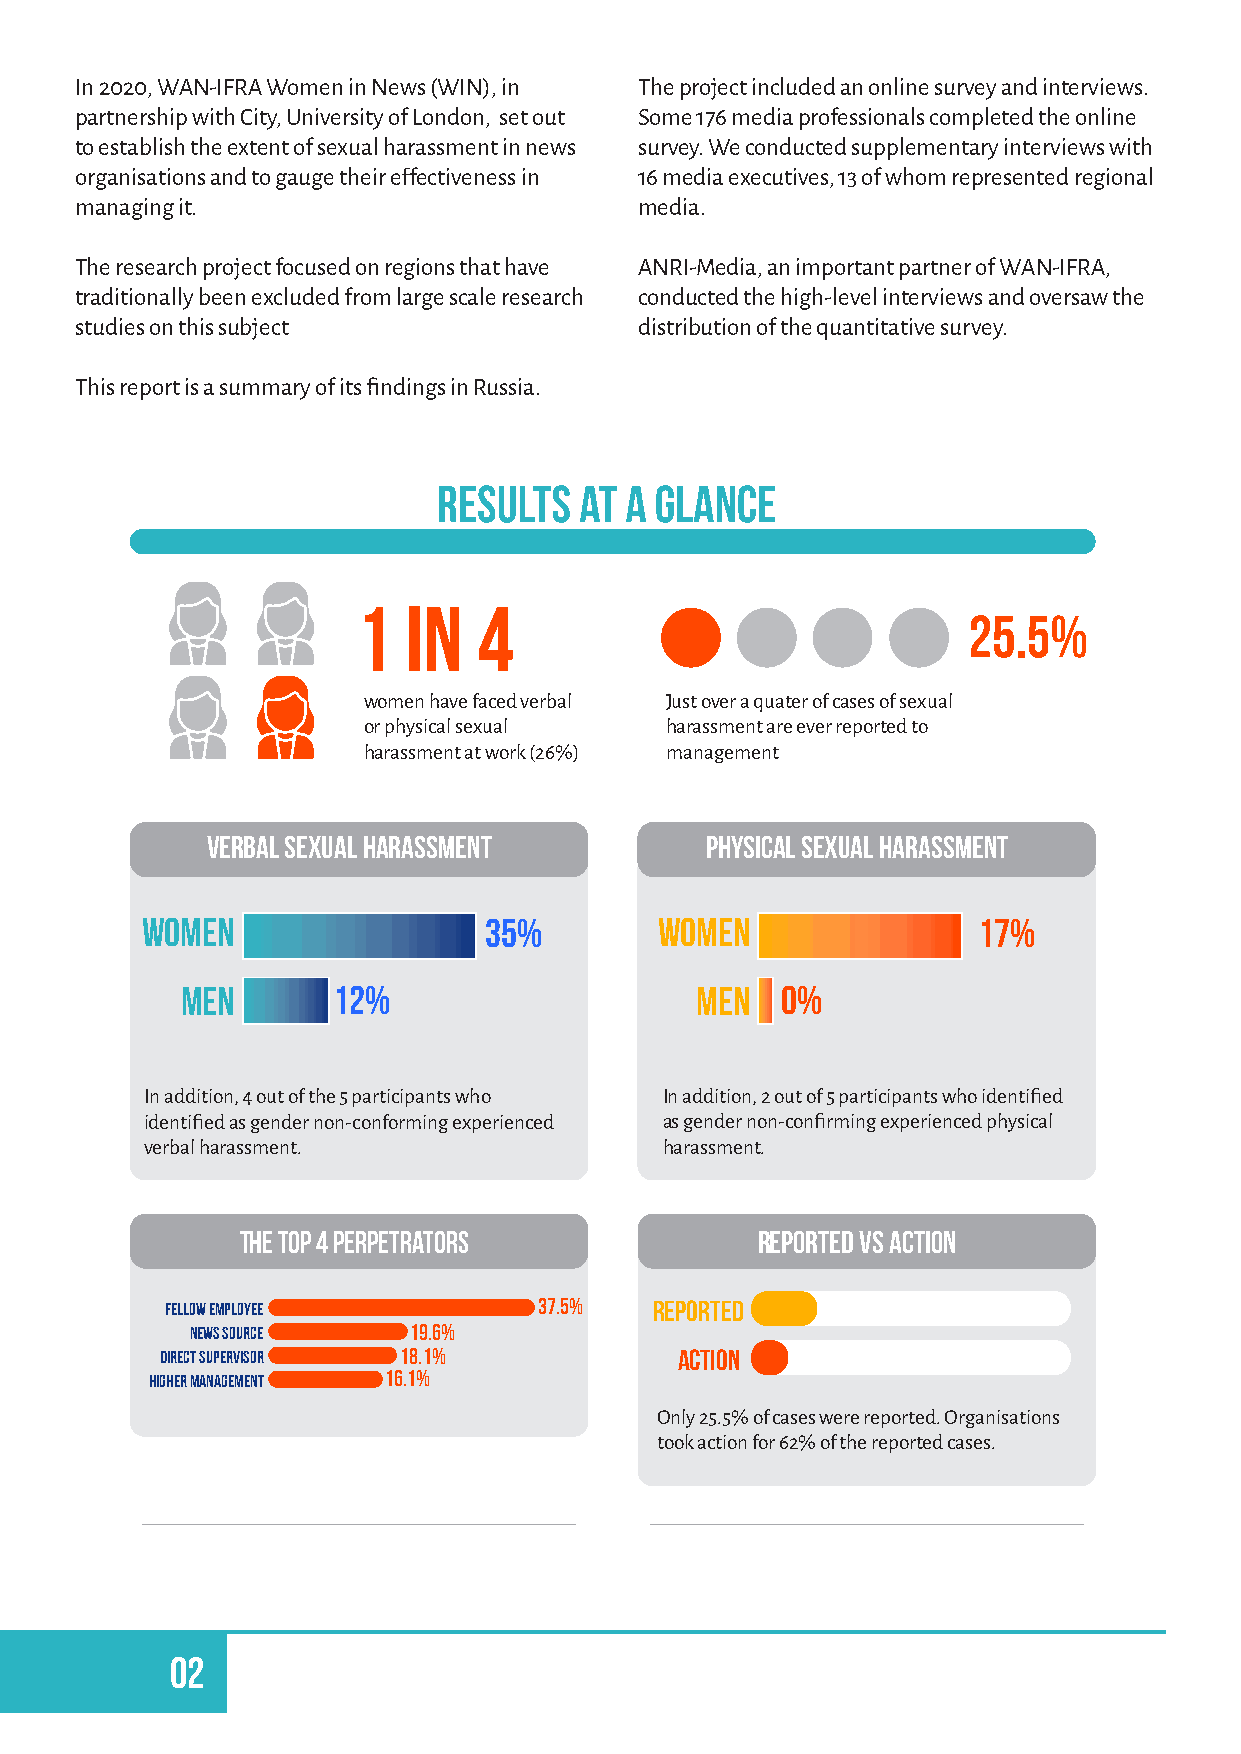
In 2020, WAN-IFRA Women in News (WIN), in The project included an online survey and interviews.
 partnership with City, University of London, set out Some 176 media professionals completed the online
 to establish the extent of sexual harassment in news survey. We conducted supplementary interviews with
 organisations and to gauge their effectiveness in 16 media executives, 13 of whom represented regional
 managing it.                         media.
 The research project focused on regions that have ANRI-Media, an important partner of WAN-IFRA,
 traditionally been excluded from large scale research conducted the high-level interviews and oversaw the
 studies on this subject              distribution of the quantitative survey.
 This report is a summary of its findings in Russia.
 Results  at a glance
 1  In   4
 25.5%
 women have faced verbal Just over a quater of cases of sexual
 or physical sexual  harassment are ever reported to
 harassment at work (26%) management
 verbal sexual harassment         PHYSICAL sexual harassment
 women                  35%         women                17%
 men       12%                     men   0%
 In addition, 4 out of the 5 participants who In addition, 2 out of 5 participants who identified
 identified as gender non-conforming experienced as gender non-confirming experienced physical
 verbal harassment.                harassment.
 the top 4 perpetrators            reported vs action
 Fellow Employee          37.5%  reported
 News Source   19.6%
 Direct Supervisor 18.1%           action
 Higher Management 16.1%
 Only 25.5% of cases were reported. Organisations
 took action for 62% of the reported cases.
 Managers’ experiences          managing sexual harassment
 YES:19%
 12% of organisations have a sexual
 02
 Three of the     harassment policy.
 managers (19%)
 no
 had been sexually
 hyaersassed at work.
 8.5% of sta�f know the contents of their
 None reported it.
 organisation's policy
 MAYBE:6%
 When asked if
 sexual harassment
 is an issue in the
 news industry, 15 of
 16 news executives
 interviewed said
 no. One said
 maybe.